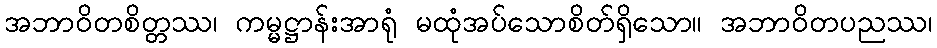
အဘာဝိတစိတ္တဿ၊ ကမ္မဋ္ဌာန်းအာရုံ မထုံအပ်သောစိတ်ရှိသော။ အဘာဝိတပညဿ၊